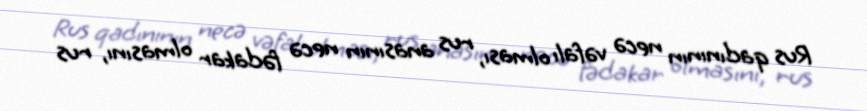
Rus qadınının necə vəfalı olması, rus anasının necə fədakar olmasını, rus